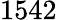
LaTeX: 1542